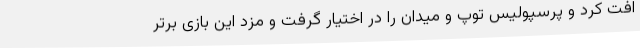
افت کرد و پرسپولیس توپ و میدان را در اختیار گرفت و مزد این بازی برتر